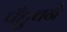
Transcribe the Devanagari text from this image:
पँहुचने